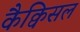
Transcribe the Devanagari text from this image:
कैक्विसल